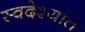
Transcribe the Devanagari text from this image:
स्वदेश्यात